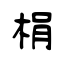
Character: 梋